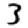
Digit: 3